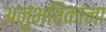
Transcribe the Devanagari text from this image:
अनुभविकांना